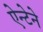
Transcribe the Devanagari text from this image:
ऐन्टेने